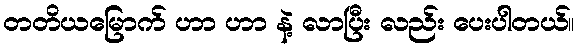
တတိယမြောက် ဟာ ဟာ နဲ့ လာပြီး လည်း ပေးပါတယ်။